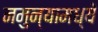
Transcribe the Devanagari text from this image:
नमुन्यामध्ये